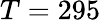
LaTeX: T=295